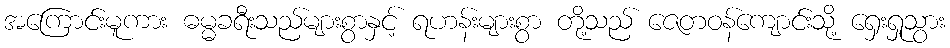
အကြောင်းမူကား ဓမ္မခရီးသည်များစွာနှင့် ရဟန်းများစွာ တို့သည် ဇေတဝန်ကျောင်းသို့ ရှေးရှုသွား